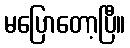
မပြောတော့ပြီ။